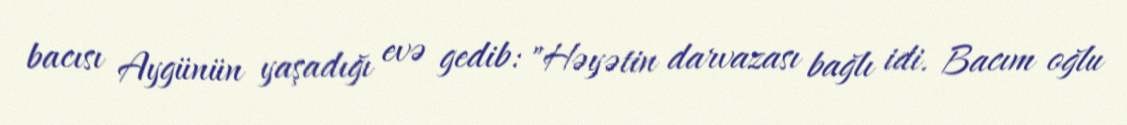
bacısı Aygünün yaşadığı evə gedib: "Həyətin darvazası bağlı idi. Bacım oğlu